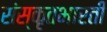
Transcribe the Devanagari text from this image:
संस्कृतभारती